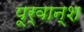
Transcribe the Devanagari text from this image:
पूर्वान्श